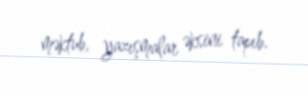
məktub, yazışmalar əksini tapıb.